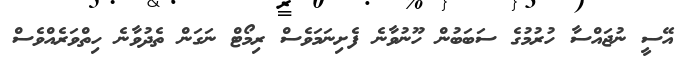
އޭސީ ނުޖައްސާ ހުރުމުގެ ސަބަބުން ހޫނުވާނެ ފެށިނަމަވެސް ރިމޯޓް ނަގަން ތެދުވާނެ ހިތްވަރެއްވެސް